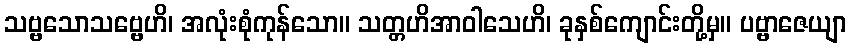
သဗ္ဗသောသဗ္ဗေဟိ၊ အလုံးစုံကုန်သော။ သတ္တဟိအာဝါသေဟိ၊ ခုနှစ်ကျောင်းတို့မှ။ ပဗ္ဗာဇေယျာ